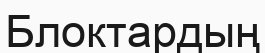
Блоктардың